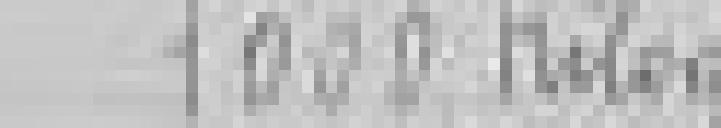
1000 kilogrammes